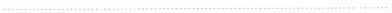
…………